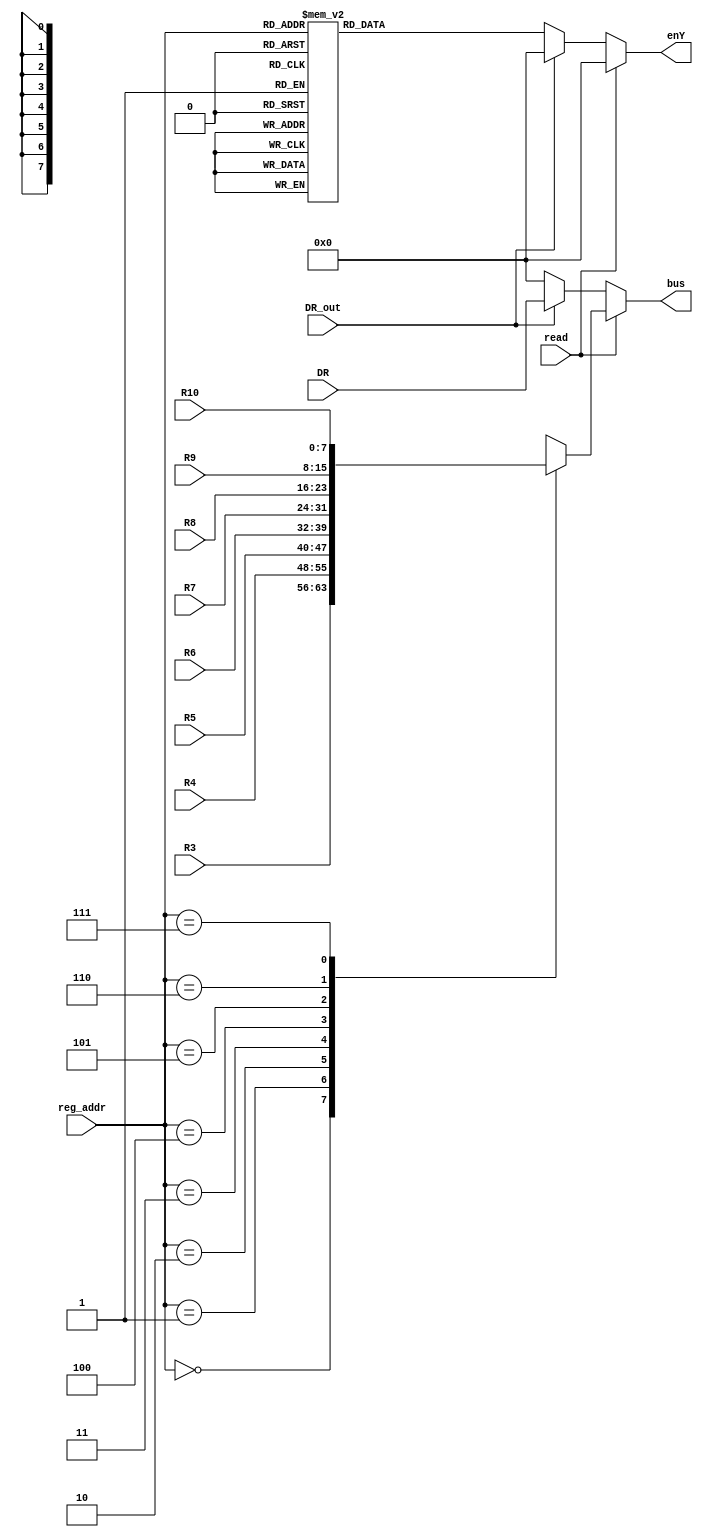
module RegYcontroller(R3,R4,R5,R6,R7,R8,R9,R10,DR,read,DR_out,reg_addr,bus,enY
    );
 input [7:0] R3,R4,R5,R6,R7,R8,R9,R10,DR;
 input read,DR_out;
 input [2:0] reg_addr; 
 output reg [7:0] bus, enY;
 
 always @ (R3 or R4 or R5 or R6 or R7 or R8 or R9 or R10 or DR or read or DR_out or reg_addr)
  if (read) begin
  enY<=8'b0;
   case(reg_addr)
	3'd0: bus<=R3;
	3'd1: bus<=R4;
	3'd2: bus<=R5;
	3'd3: bus<=R6;
	3'd4: bus<=R7;
	3'd5: bus<=R8;
	3'd6: bus<=R9;
	3'd7: bus<=R10;
	default bus<=8'b0;
	endcase
	end
  else if (DR_out) begin
  enY<=8'b0;
  bus<=DR;
  end
  else begin
  bus<=8'b0;
   case(reg_addr)
	3'd0: enY<=8'b1;
	3'd1: enY<=8'b10;
	3'd2: enY<=8'b100;
	3'd3: enY<=8'b1000;
	3'd4: enY<=8'b10000;
	3'd5: enY<=8'b100000;
	3'd6: enY<=8'b1000000;
	3'd7: enY<=8'b10000000;
	default enY<=8'b0;
   endcase
	end
endmodule